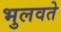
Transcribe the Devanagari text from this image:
भुलवते